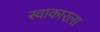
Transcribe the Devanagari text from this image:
स्वाकारला